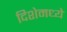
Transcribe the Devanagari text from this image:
दिशेमध्ये